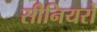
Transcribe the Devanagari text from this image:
सीनियरों